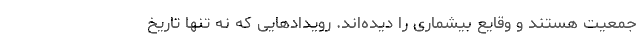
جمعیت هستند و وقایع بیشماری را دیده‌اند. رویدادهایی که نه تنها تاریخ